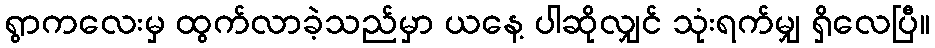
ရွာကလေးမှ ထွက်လာခဲ့သည်မှာ ယနေ့ ပါဆိုလျှင် သုံးရက်မျှ ရှိလေပြီ။